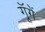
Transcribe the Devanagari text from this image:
गूॅगें